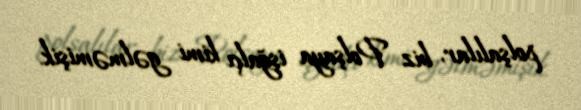
polşalılar, biz Polşaya işğalçı kimi gəlməmişik.